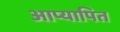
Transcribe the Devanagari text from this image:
आप्यापित